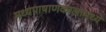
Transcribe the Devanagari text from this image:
मध्यपाषाणकालामध्ये